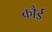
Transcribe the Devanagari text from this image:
कौई